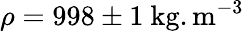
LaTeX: \rho=998\pm 1~\mathrm{kg.m^{-3}}